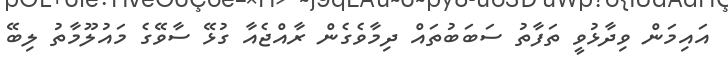
އައިމަން ވިދާޅުވީ ތަފާތު ސަބަބުތައް ދިމާވެގެން ރާއްޖެއާ ގުޅޭ ސާވޭގެ މައުލޫމާތު ލިބޭ